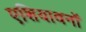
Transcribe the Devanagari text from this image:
एशियावनों